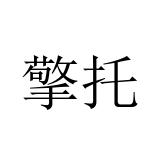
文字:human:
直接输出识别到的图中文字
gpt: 擎托